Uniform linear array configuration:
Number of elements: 12
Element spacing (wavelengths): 0.25
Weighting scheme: uniform
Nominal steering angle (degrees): -60
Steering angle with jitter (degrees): -60.373
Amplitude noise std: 0.05
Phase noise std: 0.05

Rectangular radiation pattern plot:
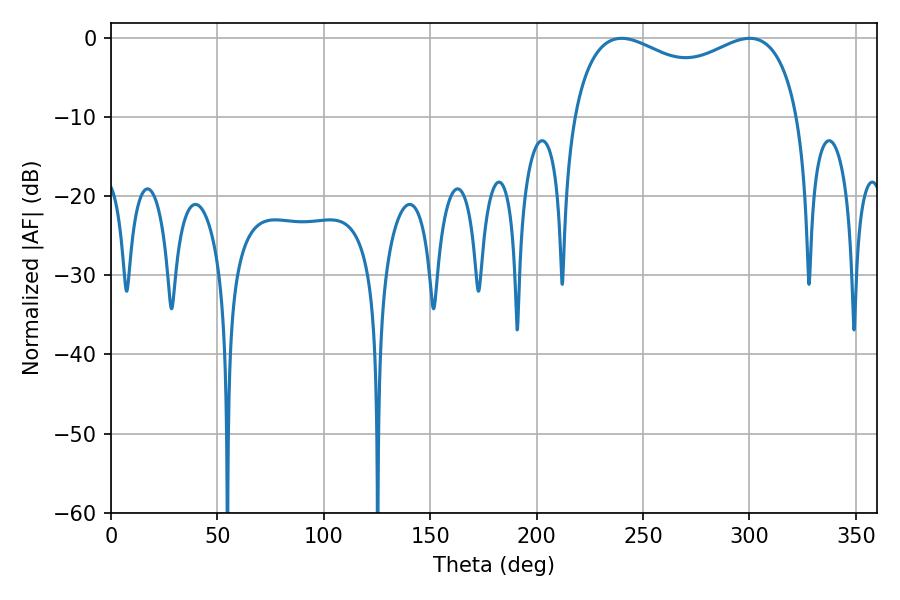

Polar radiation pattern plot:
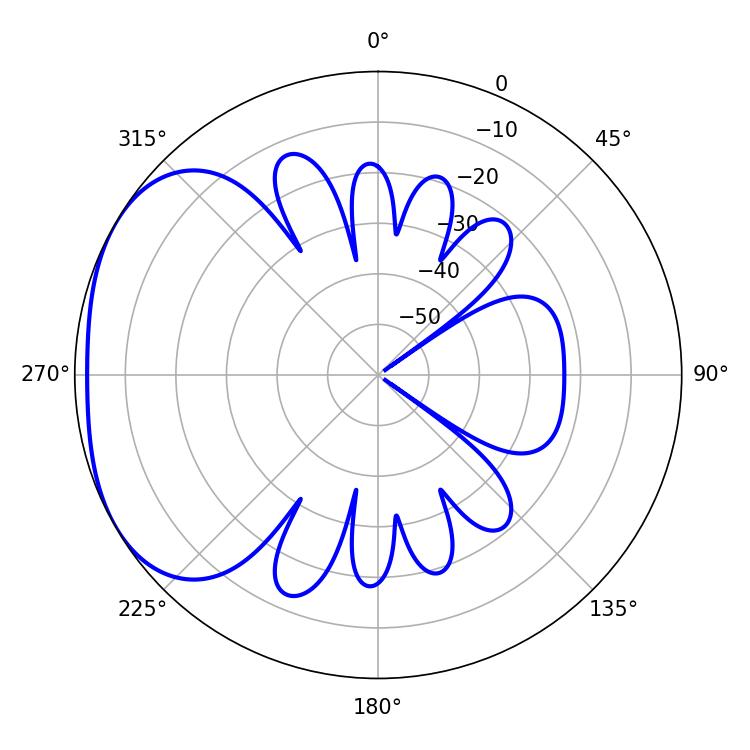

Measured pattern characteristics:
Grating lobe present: FALSE
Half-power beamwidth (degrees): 88.2
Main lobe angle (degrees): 239.94